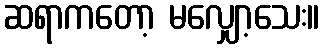
ဆရာကတော့ မလျှော့သေး။